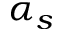
\alpha _ { s }